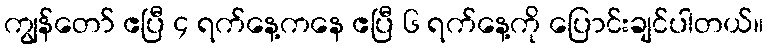
ကျွန်တော် ဧပြီ ၄ ရက်နေ့ကနေ ဧပြီ ၆ ရက်နေ့ကို ပြောင်းချင်ပါတယ်။